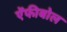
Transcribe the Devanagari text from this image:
ऐंफीबोल